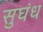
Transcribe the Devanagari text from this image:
सुघंध